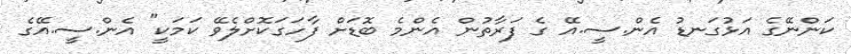
ކަންނޭގެ އަޅުގަނޑު އެން.ސީ.އޭ ގެ ފަރާތުން އެންމެ ބޮޑަށް ފާހަގަކޮށްލެވޭ ކަމަކީ" އެން.ސީ.އޭގެ